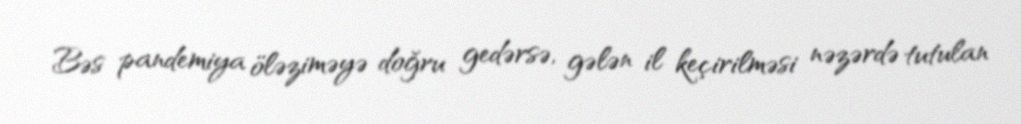
Bəs pandemiya öləziməyə doğru gedərsə, gələn il keçirilməsi nəzərdə tutulan